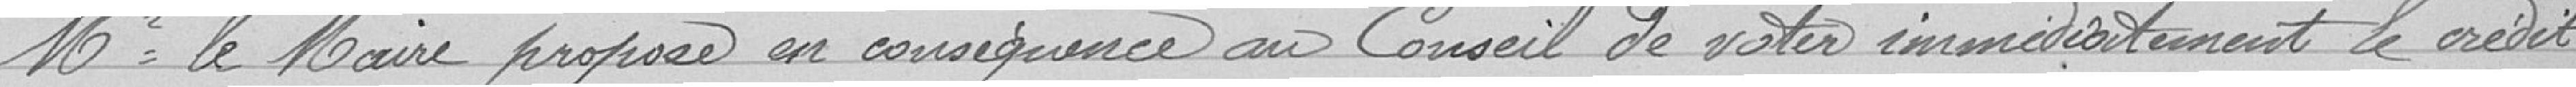
Monsieur le Maire propose en conséquence au Conseil de voter immédiatement le crédit